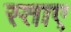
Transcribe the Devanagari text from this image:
स्ताए